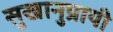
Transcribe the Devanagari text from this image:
सुखानुप्रायी